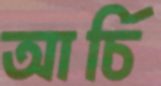
আর্চি